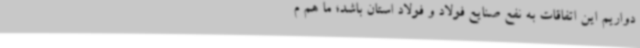
دواریم این اتفاقات به نفع صنایع فولاد و فولاد استان باشد؛ ما هم م